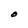
Character: O